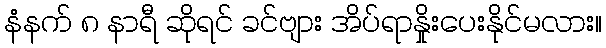
နံနက် ၈ နာရီ ဆိုရင် ခင်ဗျား အိပ်ရာနှိုးပေးနိုင်မလား။